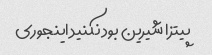
پیتزا شیرین بود نکنید اینجوری